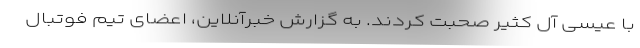
با عیسی آل کثیر صحبت کردند. به گزارش خبرآنلاین، اعضای تیم فوتبال